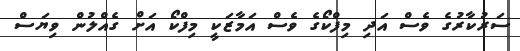
ސަރުކާރުގެ ވެސް އަދި މިފްކޯގެ ވެސް އަމާޒަކީ މިފްކޯ އަށް ގެއްލުން ވިޔަސް